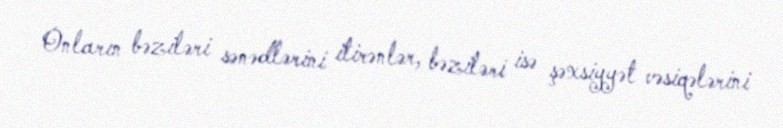
Onların bəziləri sənədlərini itirənlər, bəziləri isə şəxsiyyət vəsiqələrini